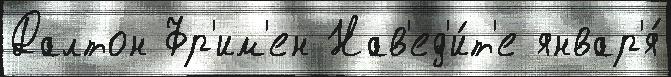
Далтон Фр'им'ен Нав'ед'и́т'е январ'я́